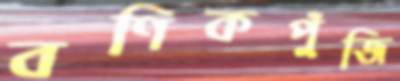
বণিকপুঁজি